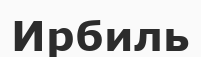
Ирбиль